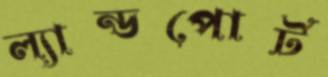
ল্যান্ডপোর্ট